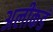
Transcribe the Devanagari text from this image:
अलीकडं